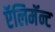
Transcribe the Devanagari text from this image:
ऍलिमॅन्ट